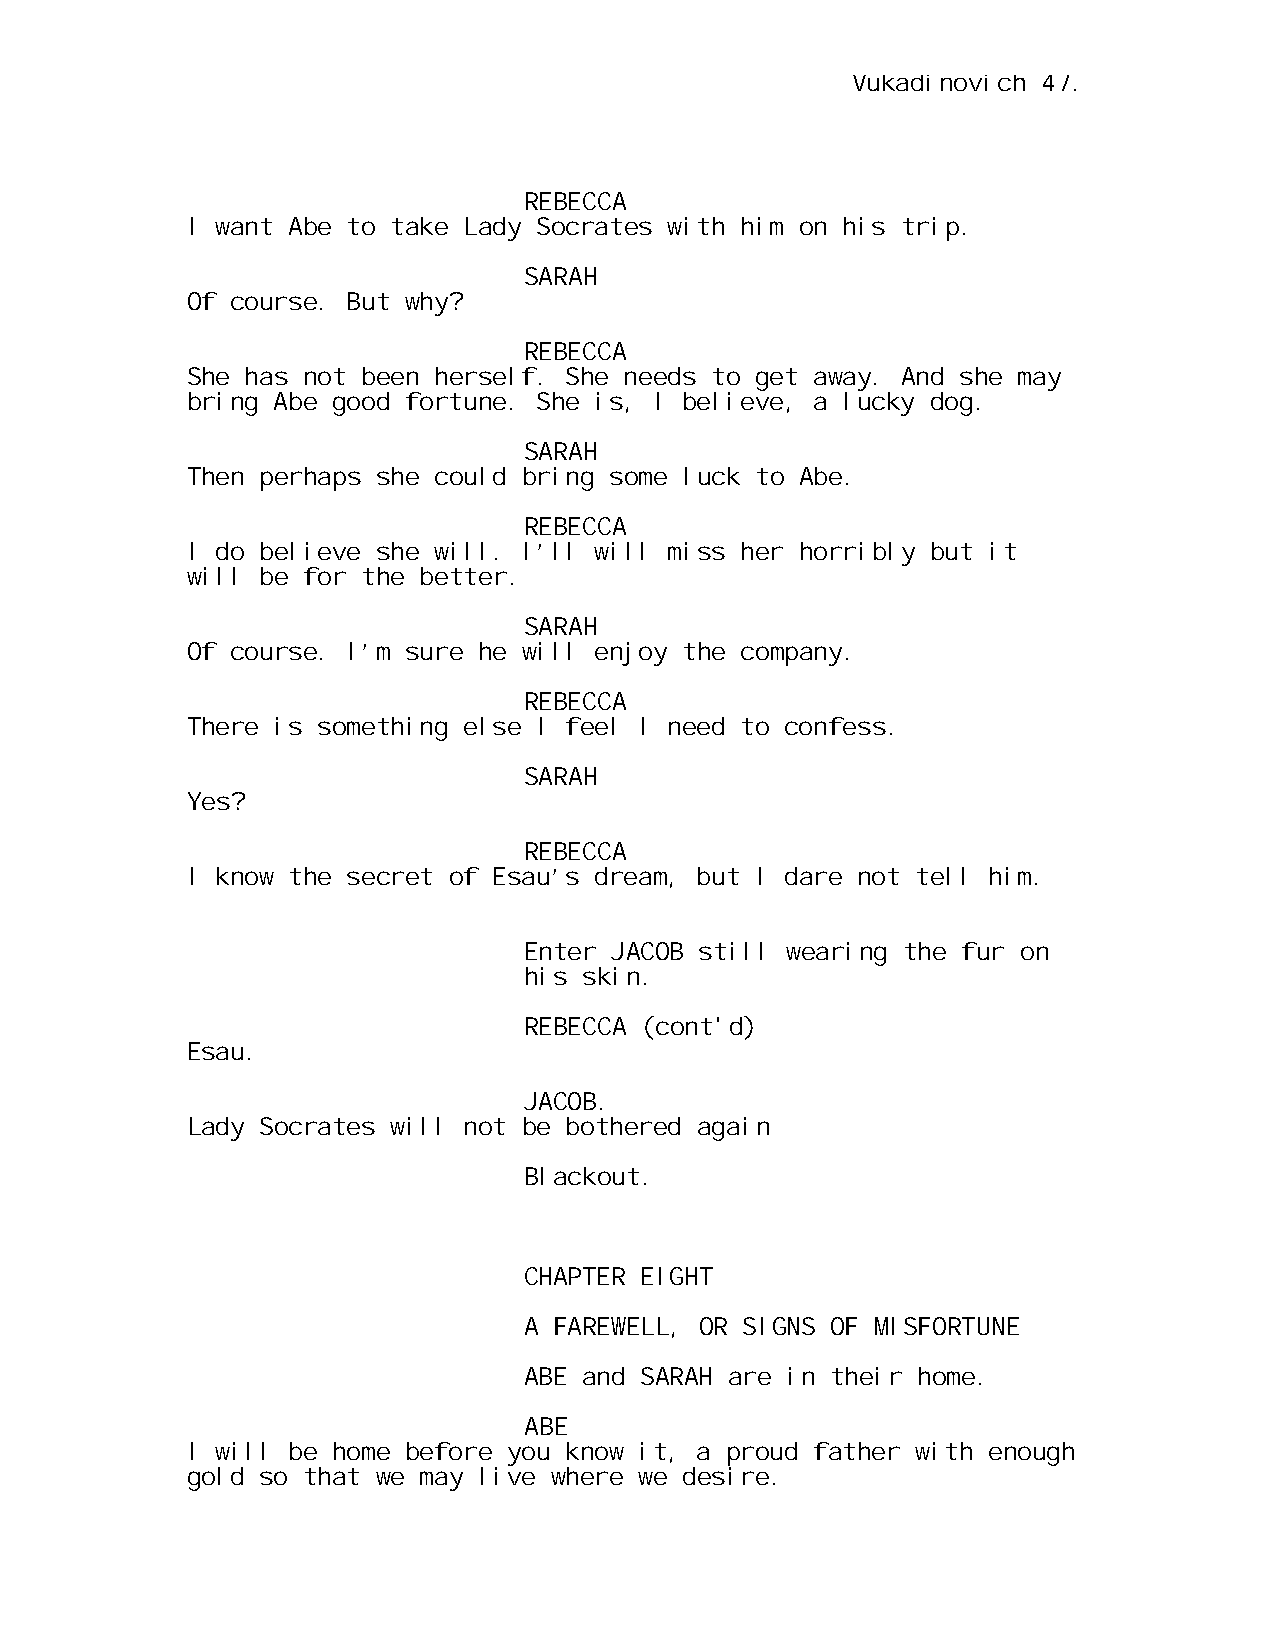
Vukadinovich 47.
 REBECCA
 I want Abe to take Lady Socrates with him on his trip.
 SARAH
 Of course. But why?
 REBECCA
 She has not been herself. She needs to get away. And she may
 bring Abe good fortune. She is, I believe, a lucky dog.
 SARAH
 Then perhaps she could bring some luck to Abe.
 REBECCA
 I do believe she will. I’ll will miss her horribly but it
 will be for the better.
 SARAH
 Of course. I’m sure he will enjoy the company.
 REBECCA
 There is something else I feel I need to confess.
 SARAH
 Yes?
 REBECCA
 I know the secret of Esau’s dream, but I dare not tell him.
 Enter JACOB still wearing the fur on
 his skin.
 REBECCA (cont'd)
 Esau.
 JACOB.
 Lady Socrates will not be bothered again
 Blackout.
 CHAPTER EIGHT
 A FAREWELL, OR SIGNS OF MISFORTUNE
 ABE and SARAH are in their home.
 ABE
 I will be home before you know it, a proud father with enough
 gold so that we may live where we desire.